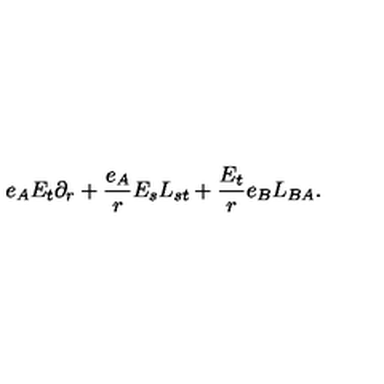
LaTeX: e _ { A } E _ { t } \partial _ { r } + \frac { e _ { A } } { r } E _ { s } L _ { s t } + \frac { E _ { t } } { r } e _ { B } L _ { B A } .